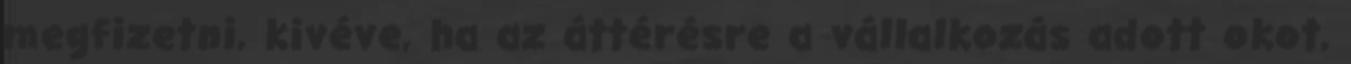
megfizetni, kivéve, ha az áttérésre a vállalkozás adott okot,